Indian journal of veterinary science and animal husbandry - Volume 14,
Year: 1944
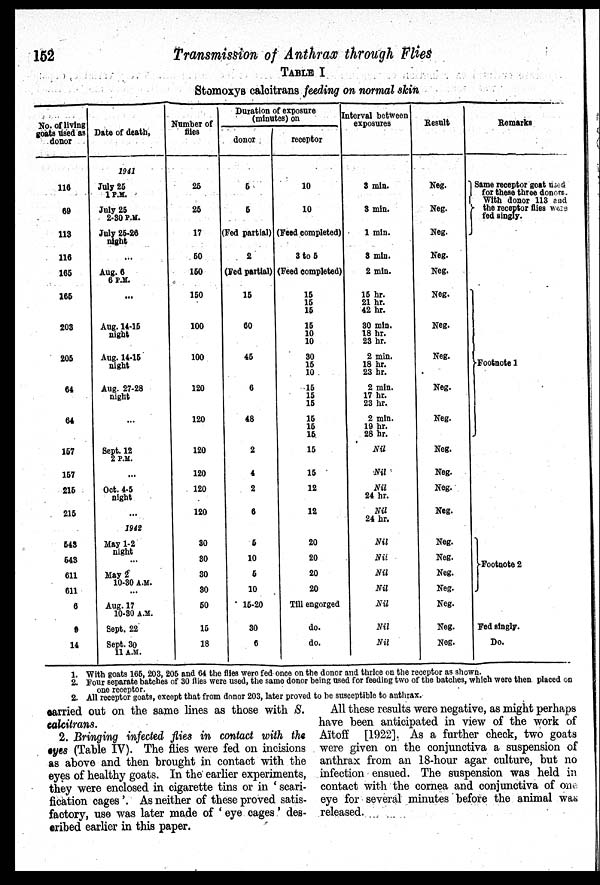
152
Transmission of Anthrax through Flies
TABLE I
Stomoxys calcitrans feeding on normal skin
No. of living
goats used as
donor
116
69
113
116
165
165
203
205
64
64
157
157
215
215
543
543
611
611
6
9
14
Date of death,
1941
July 25
1 P.M.
July 25
2-30 P.M.
July 25-26
night
...
Aug. 6
6 P.M.
...
Aug. 14-15
night
Aug. 14-15
night
Aug. 27-28
night
...
Sept. 12
2 P.M.
...
Oct. 4-5
night
...
1942
May 1-2
night
...
May 2
10-30 A.M.
...
Aug. 17
10-30 A.M.
Sept. 22
Sept. 30
11 A.M.
Number of
flies
25
25
17
50
150
150
100
100
120
120
120
120
120
120
30
30
30
30
50
15
18
Duration of exposure
(minutes) on
donor
5
5
(Fed partial)
2
(Fed partial)
15
60
45
6
48
2
4
2
6
5
10
5
10
15-20
30
6
receptor
10
10
(Feed completed)
3 to 5
(Feed completed)
15
15
15
15
10
10
30
15
10
15
15
15
15
15
15
15
15
12
12
20
20
20
20
Till engorged
do.
do.
Interval between
exposures
3 min.
3 min.
1 min.
3 min.
2 min.
15 hr.
21 hr.
42 hr.
30 min.
18 hr.
23 hr.
2 min.
18 hr.
23 hr.
2 min.
17 hr.
23 hr.
2 min.
19 hr.
28 hr.
Nil
Nil
Nil
24 hr.
Nil
24 hr.
Nil
Nil
Nil
Nil
Nil
Nil
Nil
Result
Neg.
Neg.
Neg.
Neg.
Neg.
Neg.
Neg.
Neg.
Neg.
Neg.
Neg.
Neg.
Neg.
Neg.
Neg.
Neg.
Neg.
Neg.
Neg.
Neg.
Neg.
Remarks
Same receptor goat used
for these three donors.
With donor 113 and
the receptor flies were
fed singly.
Footnote 1
Footnote 2
Fed singly.
Do.
1. With goats 165, 203, 205 and 64 the flies were fed once on the donor and thrice on the receptor as shown.
2. Four separate batches of 30 flies were used, the same donor being used for feeding two of the batches, which were then placed on
one receptor.
2. All receptor goats, except that from donor 203, later proved to be susceptible to anthra x.
carried out on the same lines as those with S.
calcitrans.
2. Bringing infected flies in contact with the
eyes (Table IV). The flies were fed on incisions
as above and then brought in contact with the
eyes of healthy goats. In the earlier experiments,
they were enclosed in cigarette tins or in ' scari-
fication cages'. As neither of these proved satis-
factory, use was later made of ' eye cages ' des-
cribed earlier in this paper.
All these results were negative, as might perhaps
have been anticipated in view of the work of
Aïtoff [1922]. As a further check, two goats
were given on the conjunctiva a suspension of
anthrax from an 18-hour agar culture, but no
infection ensued. The suspension was held in
contact with the cornea and conjunctiva of one
eye for several minutes before the animal was
released.